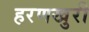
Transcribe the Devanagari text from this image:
हरणखुरी